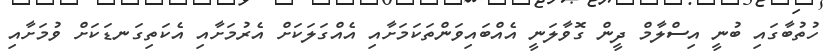
ހުތުބާގައި ބުނީ އިސްލާމް ދީން ގޮވާލަނީ އެއްބައިވަންތަކަމަށާއި އެއްގަލަކަށް އެރުމަށާއި އެކަތިގަނޑަކަށް ވުމަށާއި